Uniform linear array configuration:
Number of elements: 32
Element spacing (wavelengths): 0.75
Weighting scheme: cosine
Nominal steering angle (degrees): -15
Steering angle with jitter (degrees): -16.906
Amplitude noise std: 0.05
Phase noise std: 0.05

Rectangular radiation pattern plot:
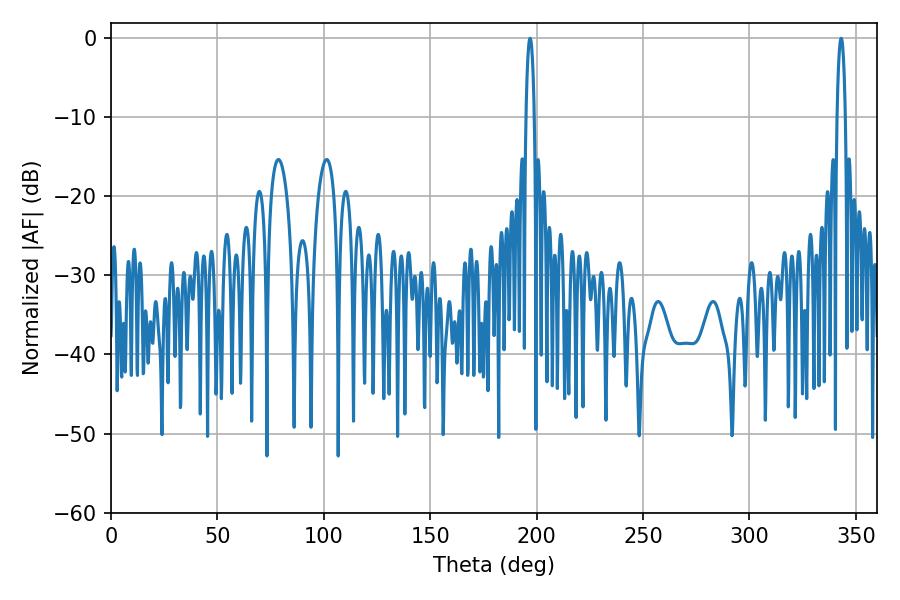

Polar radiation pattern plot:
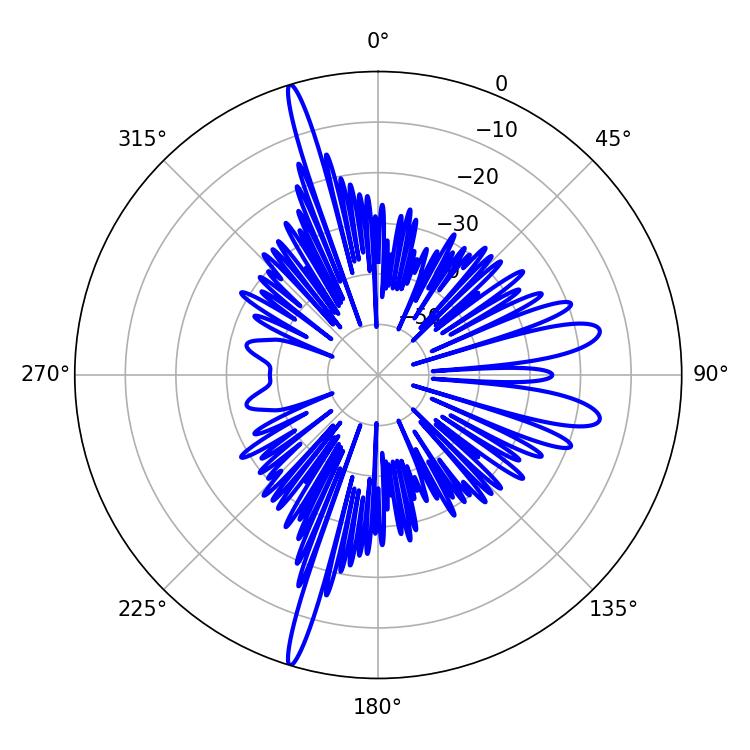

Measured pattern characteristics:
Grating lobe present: TRUE
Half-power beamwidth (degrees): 2.16
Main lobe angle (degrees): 196.92